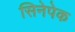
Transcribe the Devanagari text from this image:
सिनेपेक